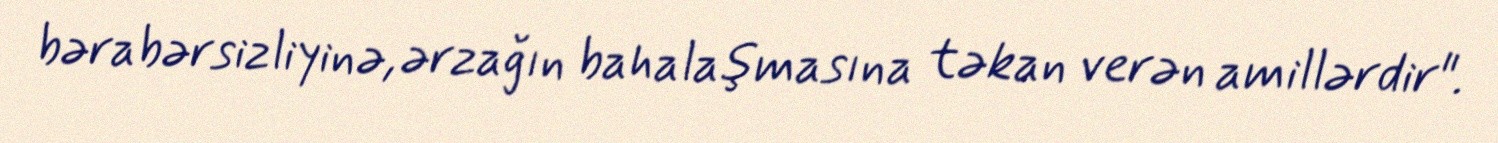
bərabərsizliyinə, ərzağın bahalaşmasına təkan verən amillərdir".